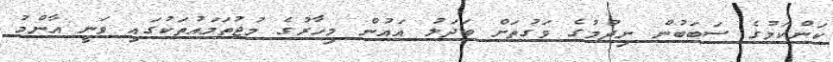
ކަންކަމުގެ ސަބަބުން ނިދުމުގެ ވަގުތަށް ބަދަލު އައުން މިހާރުގެ މުޖުތަމައުތަކުގައި ވަނީ އާންމު